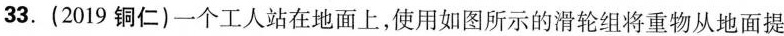
33.(2019铜仁)一个工人站在地面上，使用如图所示的滑轮组将重物从地面提